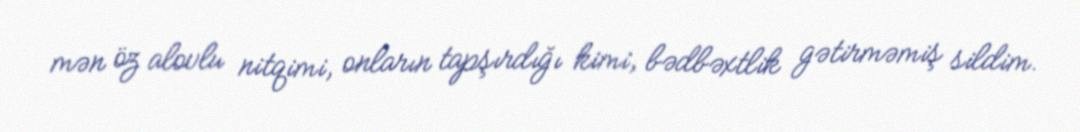
mən öz alovlu nitqimi, onların tapşırdığı kimi, bədbəxtlik gətirməmiş sildim.